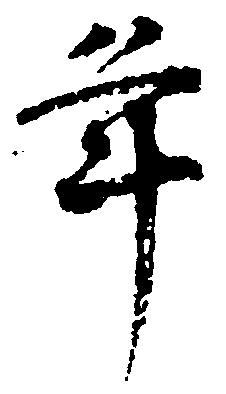
年